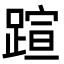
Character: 𬧂